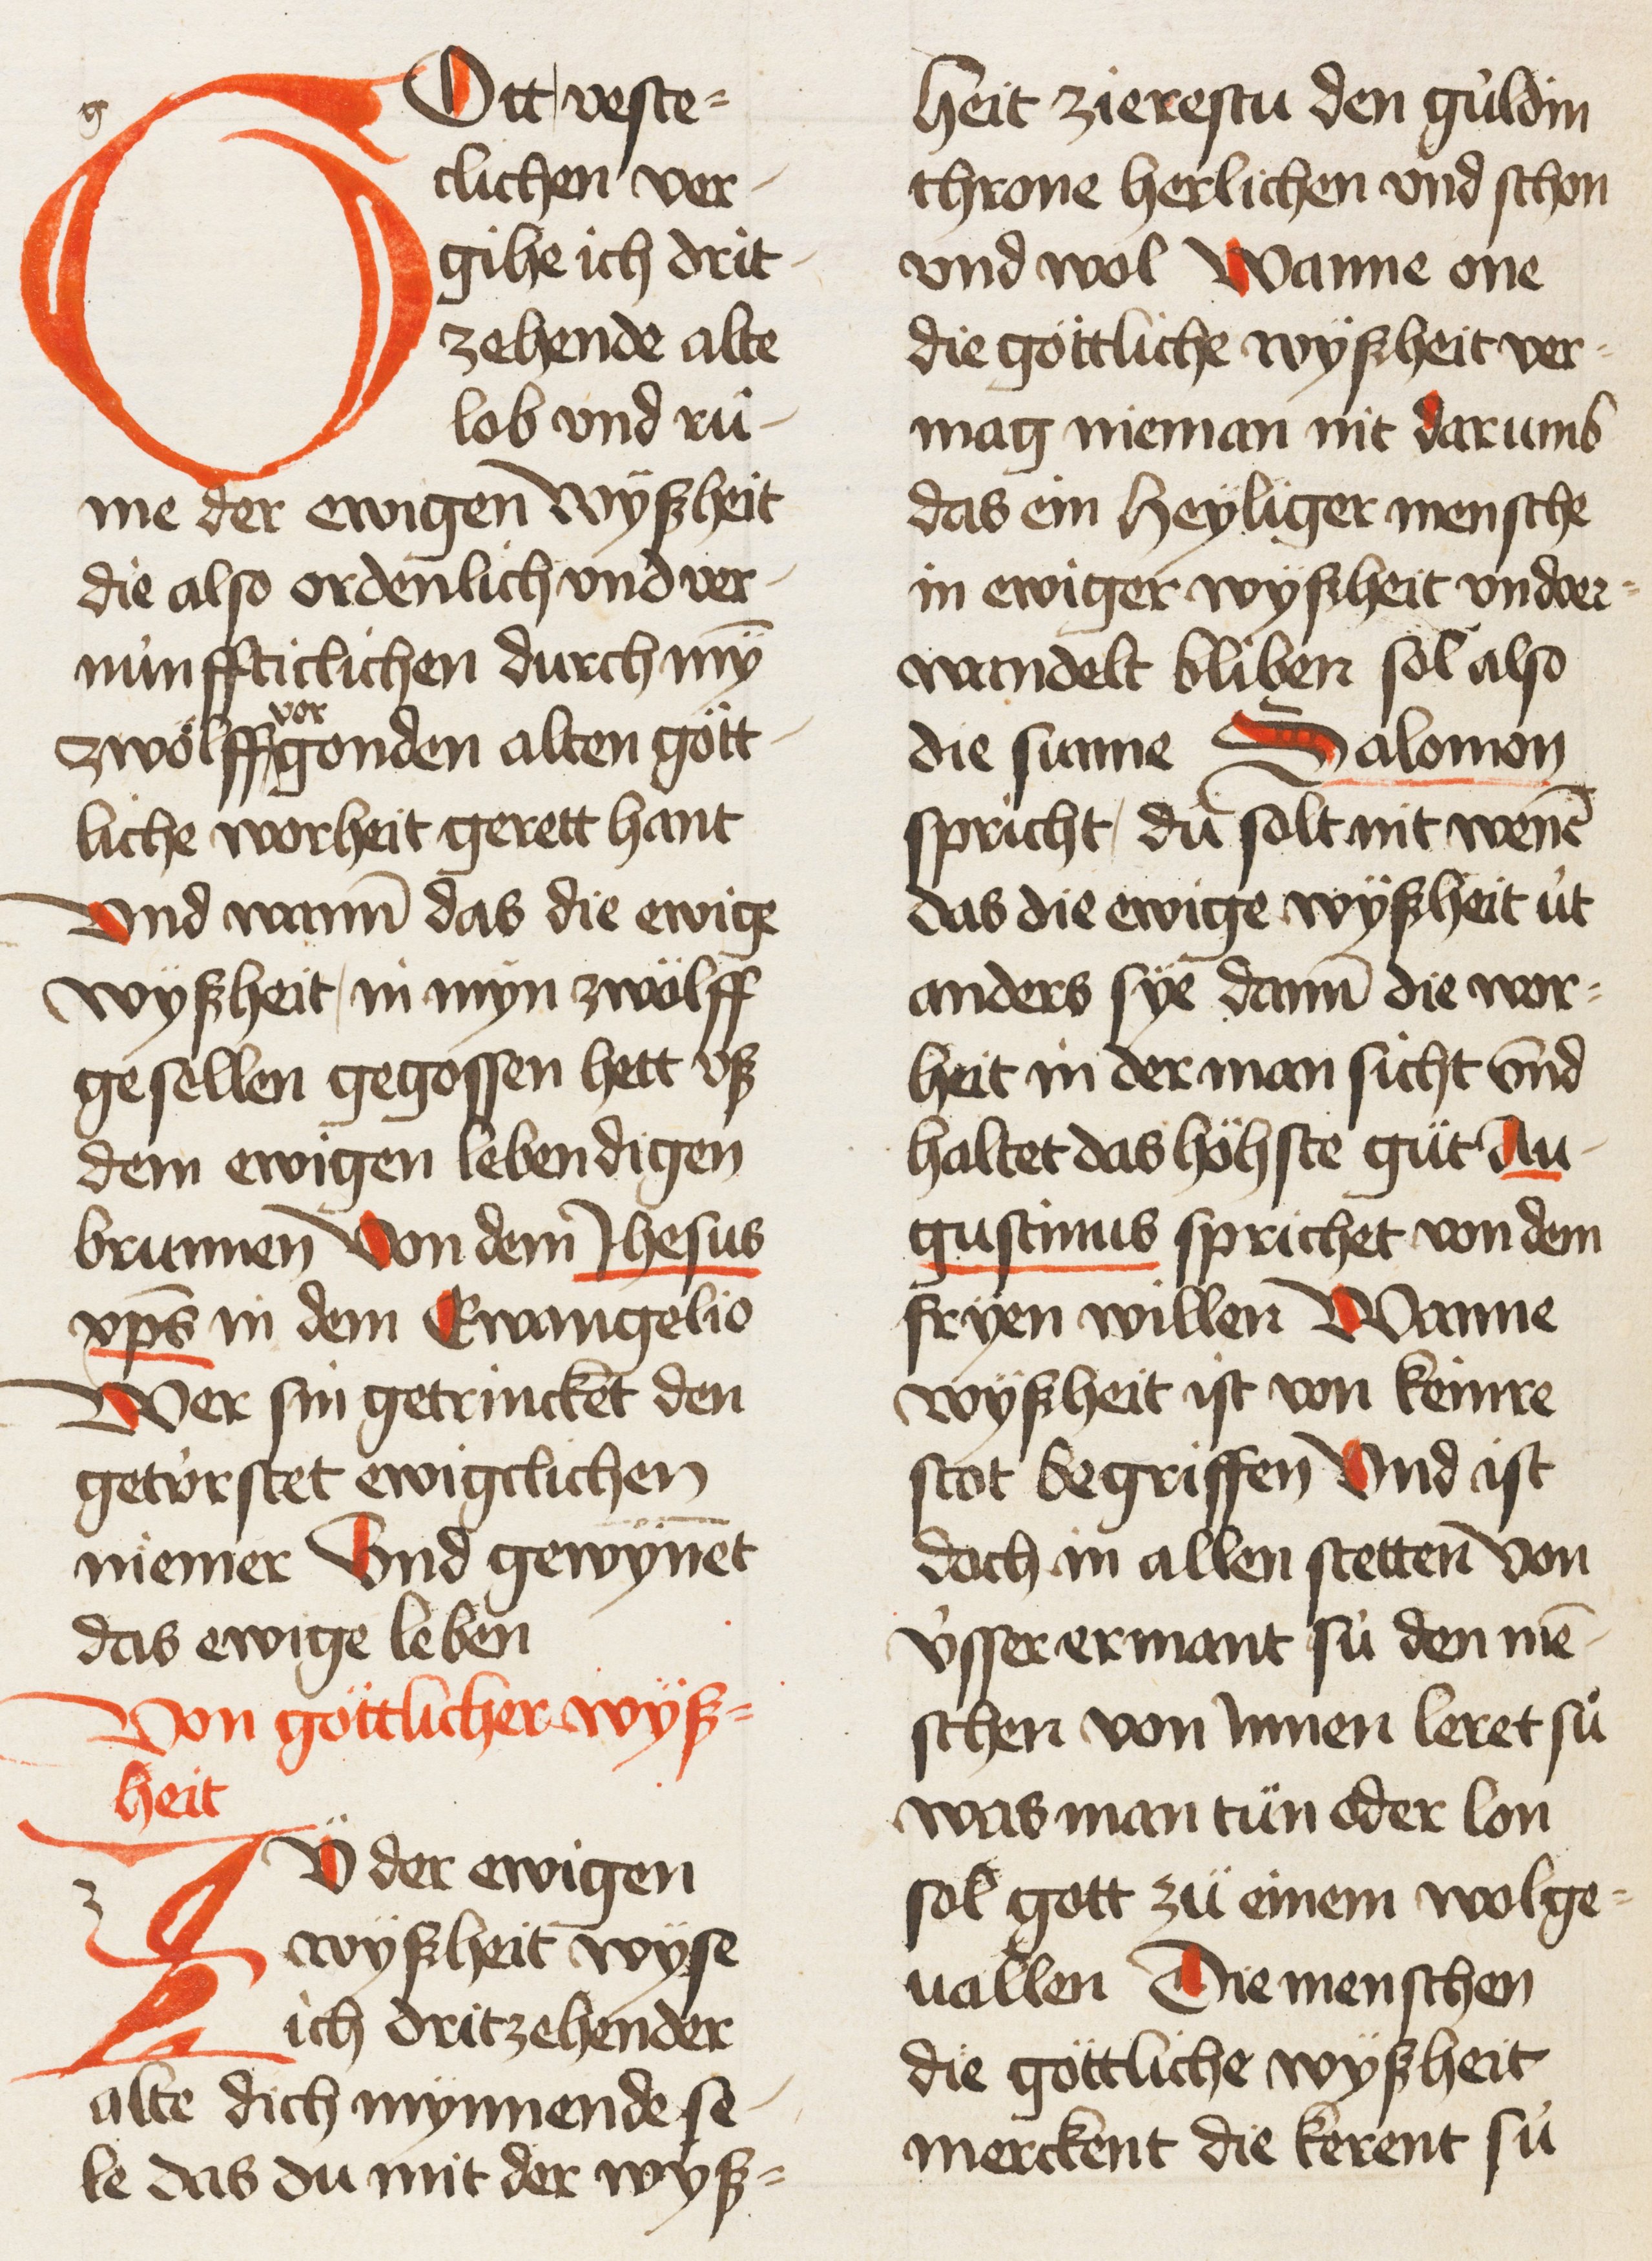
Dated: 1450–1499